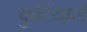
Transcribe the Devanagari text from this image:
कुरियार्स